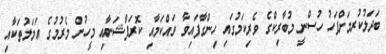
ބަދަލުކުރމަށްފަހު ހުސްނީ މުބާރިކްގެ ވެރިކަމުގައި ހިންގާފައިވާ ވައްކަމާއި ކޮރަޕްޝަނާއި މީހުން މެރުމުގެ އަމަލުތަކާއި